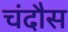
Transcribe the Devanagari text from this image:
चंदौस